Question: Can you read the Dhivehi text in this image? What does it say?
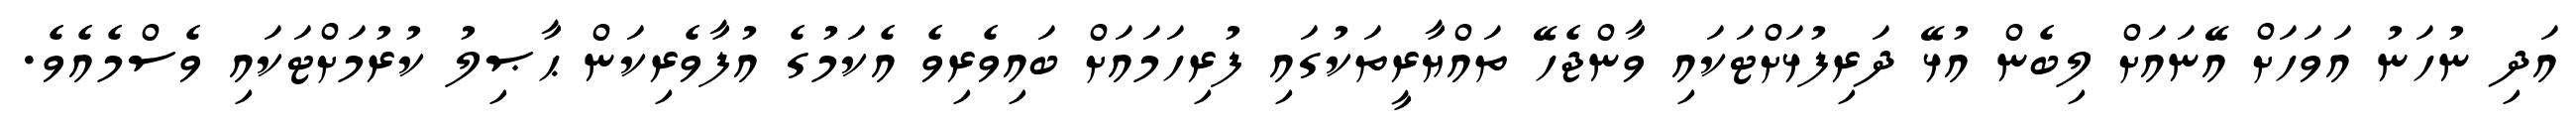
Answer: އަދި ނުހަނު އަވަހަށް އޭނައަށް ލިބެން އުޅޭ ދަރިފުޅަށްޓަކައި ވާންޖެހޭ ތައްޔާރީތަކުގައި ފުރިހަމައަށް ބައިވެރިވެ އެކަމުގެ އުފާވެރިކަން ޙާޞިލު ކުރުމަށްޓަކައި ވެސްމެއެވެ.